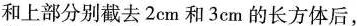
和上部分别截去2cm和3cm的长方体后，